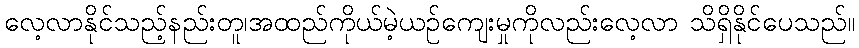
လေ့လာနိုင်သည့်နည်းတူ၊အထည်ကိုယ်မဲ့ယဉ်ကျေးမှုကိုလည်းလေ့လာ သိရှိနိုင်ပေသည်။